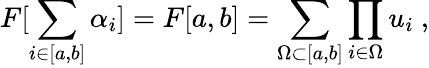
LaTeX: F[\sum_{i\in[a,b]}\alpha_{i}]=F[a,b]=\sum_{\Omega\subset[a,b]}\prod_{i\in\Omega}u_{i}\ ,